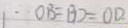
\therefore O B = B D = O D